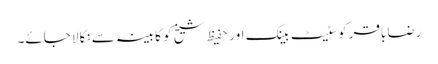
رضا باقر کوسٹیٹ بینک اور حفیظ شیخ کو کابینہ سے نکالا جائے۔